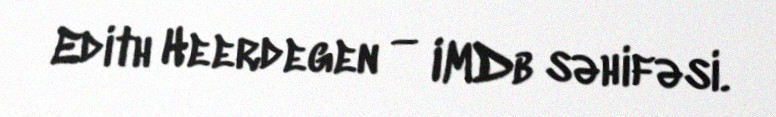
Edith Heerdegen — IMDb səhifəsi.